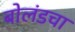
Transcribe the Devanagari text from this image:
बोलंडचा